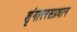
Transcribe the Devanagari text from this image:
शृंगाररसप्रधान